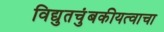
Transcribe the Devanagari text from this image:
विद्युतचुंबकीयत्वाचा